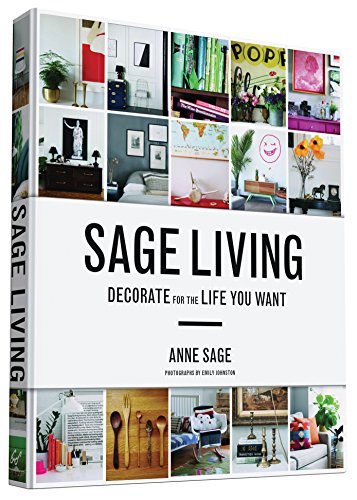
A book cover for Sage Living: Decorate for the Life You Want; Anne Sage; Crafts, Hobbies & Home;